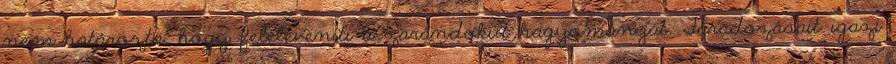
nem határozta, hogy feleleveníti a zarándokút hagyományát. Fáradozásait igazi